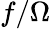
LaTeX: f/\Omega